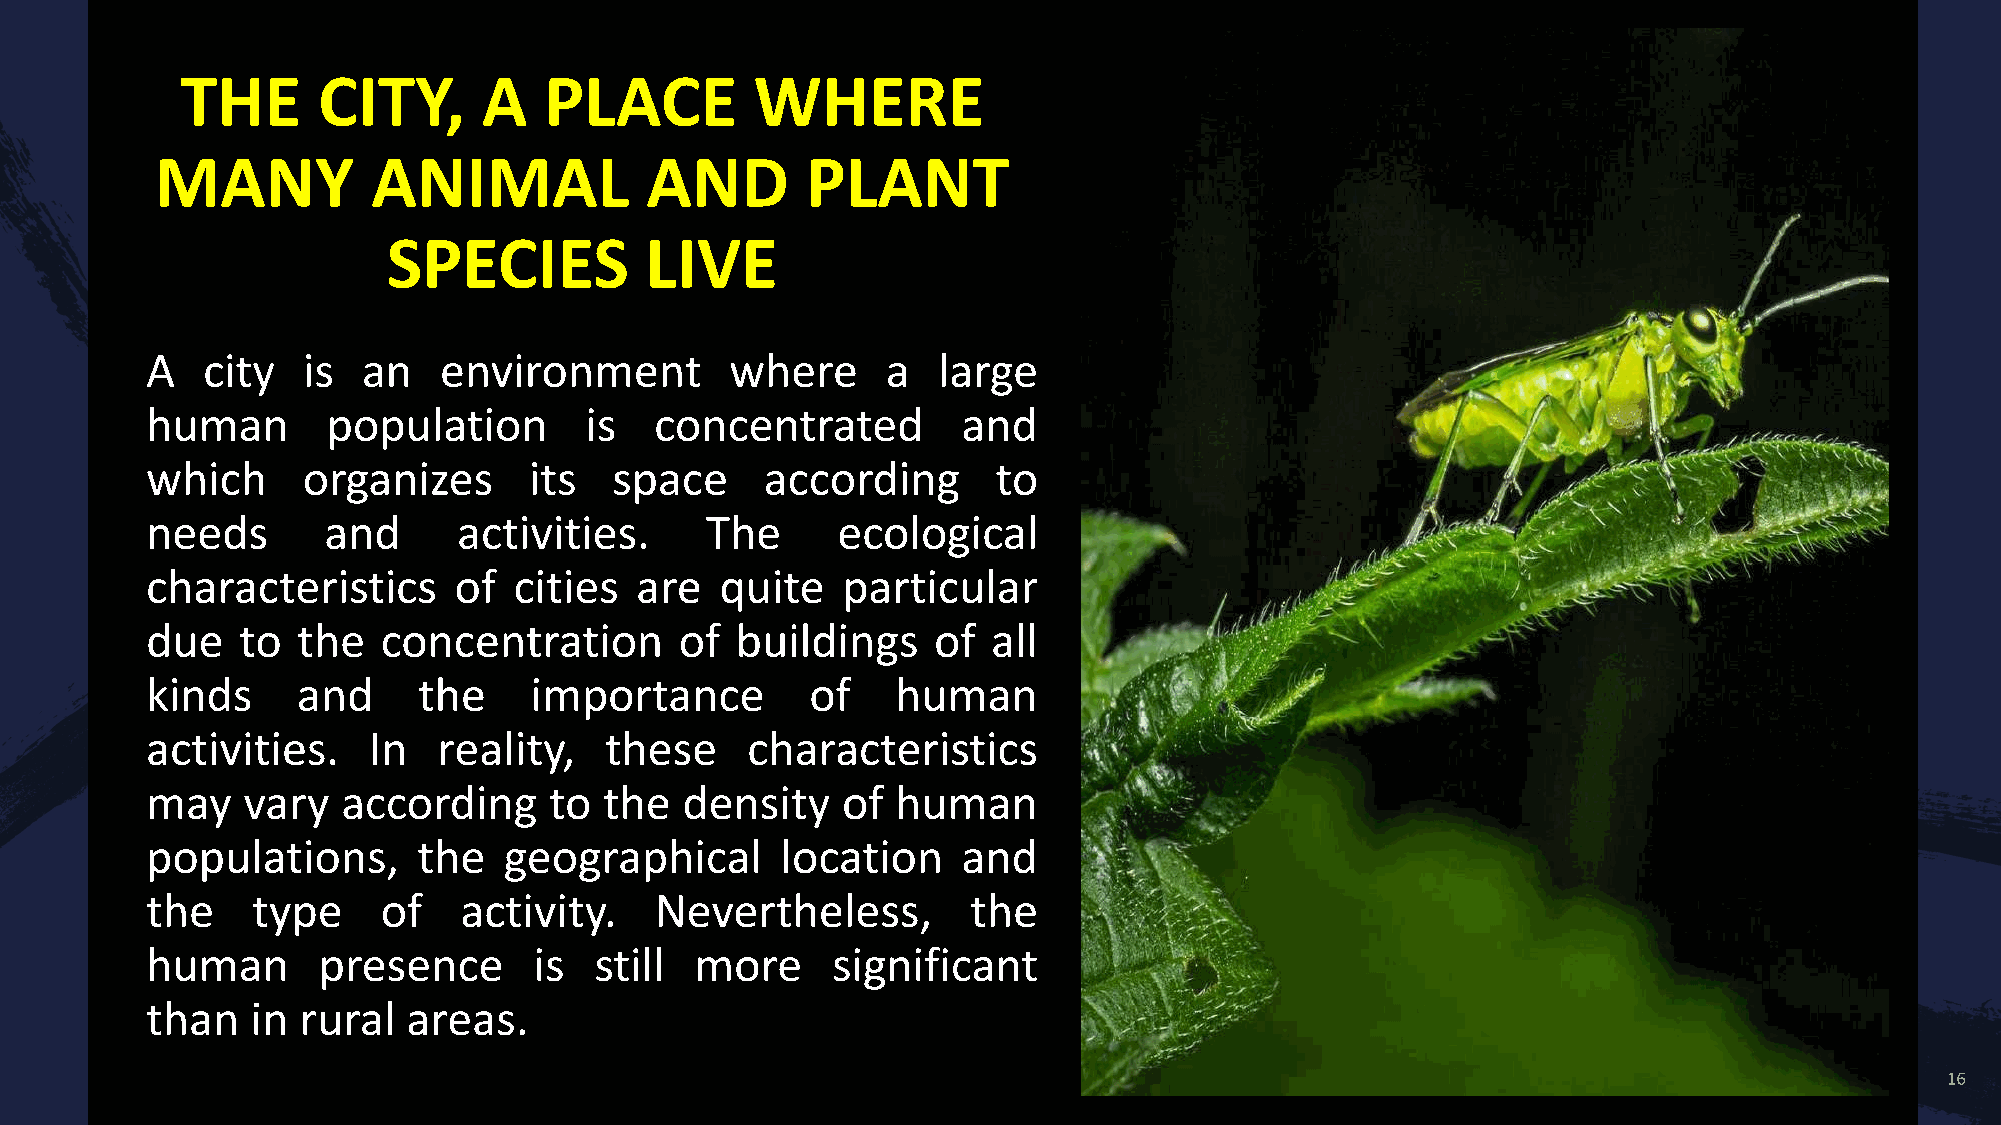
THE      CITY,      A   PLACE         WHERE
 MANY           ANIMAL            AND       PLANT
 SPECIES          LIVE
 A  city   is  an   environment        where      a  large
 human       population       is  concentrated         and
 which     organizes      its   space     according      to
 needs      and      activities.      The     ecological
 characteristics     of  cities  are   quite   particular
 due   to  the  concentration       of  buildings    of  all
 kinds     and     the    importance         of   human
 activities.   In   reality,   these    characteristics
 may   vary   according    to  the  density    of human
 populations,      the  geographical       location    and
 the    type    of   activity.    Nevertheless,        the
 human      presence      is  still  more     significant
 than   in rural  areas.